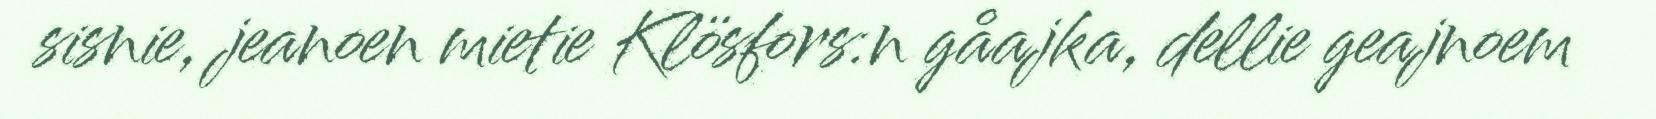
sisnie, jeanoen mietie Klösfors:n gåajka, dellie geajnoem